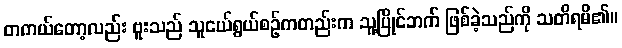
တကယ်တော့လည်း ဗူးသည် သူငယ်ရွယ်စဉ်ကတည်းက သူ့ပြိုင်ဘက် ဖြစ်ခဲ့သည်ကို သတိရမိ၏။